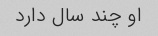
او چند سال دارد